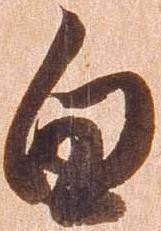
白